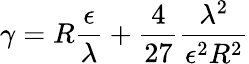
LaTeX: \gamma=R\frac\epsilon\lambda+\frac 4{27}\frac{\lambda^{2}}{\epsilon^{2}R^{2}}